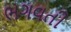
ભગવતી